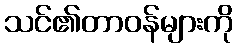
သင်၏တာဝန်များကို